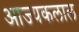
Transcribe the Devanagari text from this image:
आज्यकलाल